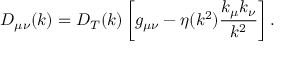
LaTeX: D _ { \mu \nu } ( k ) = D _ { T } ( k ) \left[ g _ { \mu \nu } - \eta ( k ^ { 2 } ) \frac { k _ { \mu } k _ { \nu } } { k ^ { 2 } } \right] .